First report of the anti-malarial operations at Mian Mir, 1901-1903 - Number 6
Year: 1901
Disease focus: Malaria
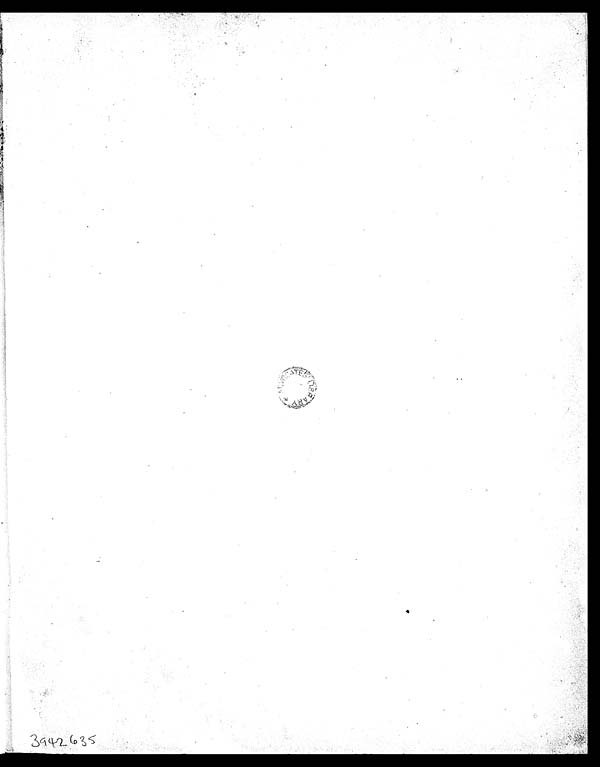
Ar c.